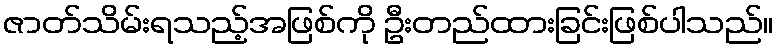
ဇာတ်သိမ်းရသည့်အဖြစ်ကို ဦးတည်ထားခြင်းဖြစ်ပါသည်။